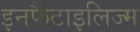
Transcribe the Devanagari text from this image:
इनफैंटाइलिज्म